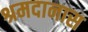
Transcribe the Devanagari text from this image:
श्रमदानास